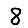
Digit: 8